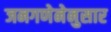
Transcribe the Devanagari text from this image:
जनगणेनेनुसार